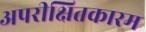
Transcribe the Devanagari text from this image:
अपरीक्षितकारम